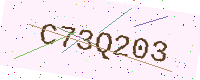
Text: C73Q203